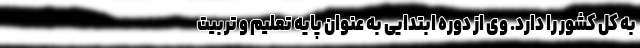
به کل کشور را دارد. وی از دوره ابتدایی به عنوان پایه تعلیم و تربیت